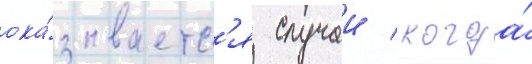
ока́зываетс'я случаи / когда́